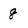
Character: 8